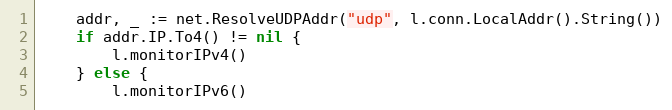
Language: Go
	addr, _ := net.ResolveUDPAddr("udp", l.conn.LocalAddr().String())
	if addr.IP.To4() != nil {
		l.monitorIPv4()
	} else {
		l.monitorIPv6()